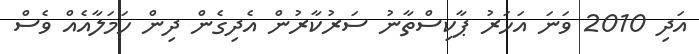
އަދި 2010 ވަނަ އަހަރު ޕާކިސްތާނު ސަރުކާރުން އެދިގެން ދިން ހަމަލާއެއް ވެސް